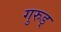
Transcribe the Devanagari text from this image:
गुरुड्